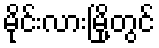
မိုင်းလားမြို့တွင်